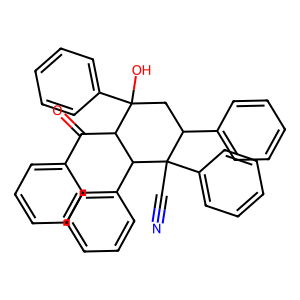
SMILES: N#CC1(c2ccccc2)C(c2ccccc2)CC(O)(c2ccccc2)C(C(=O)c2ccccc2)C1c1ccccc1
Inhibits HIV replication: No